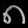
Digit: ၈